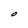
Character: O